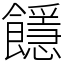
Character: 䭡